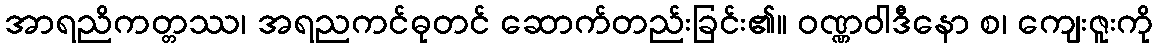
အာရညိကတ္တဿ၊ အရညကင်ဓုတင် ဆောက်တည်းခြင်း၏။ ဝဏ္ဏဝါဒီနော စ၊ ကျေးဇူးကို